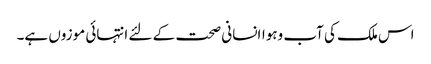
اس ملک کی آب وہواانسانی صحت کے لئے انتہائی موزوں ہے۔